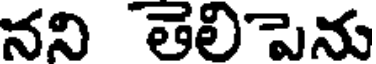
నని తెలిపెను